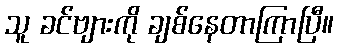
သူ ခင်ဗျားကို ချစ်နေတာကြာပြီ။